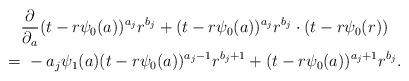
LaTeX: \begin{align*}&\frac{\partial}{\partial_a} (t-r\psi_0(a))^{a_j}r^{b_j} + (t-r\psi_0(a))^{a_j}r^{b_j}\cdot (t-r\psi_0(r))\\=&~- a_j \psi_1(a)(t-r\psi_0(a))^{a_j-1}r^{b_j+1}+(t-r\psi_0(a))^{a_j+1}r^{b_j}.\end{align*}